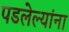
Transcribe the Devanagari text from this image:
पडलेल्यांना